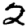
Digit: 2